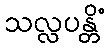
သလ္လပန္တိံ